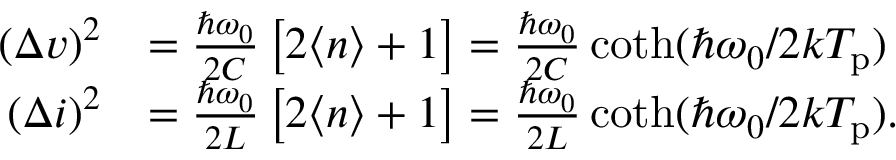
\begin{array} { r l } { ( \Delta v ) ^ { 2 } } & { = \frac { \hbar \omega _ { 0 } } { 2 C } \left[ 2 \langle n \rangle + 1 \right] = \frac { \hbar \omega _ { 0 } } { 2 C } \coth ( \hbar \omega _ { 0 } / 2 k T _ { \mathrm { p } } ) } \\ { ( \Delta i ) ^ { 2 } } & { = \frac { \hbar \omega _ { 0 } } { 2 L } \left[ 2 \langle n \rangle + 1 \right] = \frac { \hbar \omega _ { 0 } } { 2 L } \coth ( \hbar \omega _ { 0 } / 2 k T _ { \mathrm { p } } ) . } \end{array}